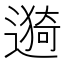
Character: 𫑁